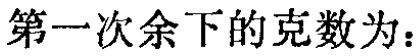
第一次余下的克数为：